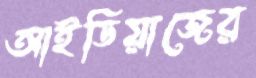
আইডিয়াজের